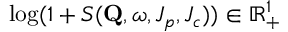
\mathrm { l o g } ( 1 + S ( \mathbf { Q } , \omega , J _ { p } , J _ { c } ) ) \in \mathbb { R } _ { + } ^ { 1 }